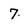
Character: 7